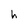
Character: h